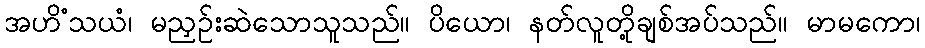
အဟိံသယံ၊ မညှဉ်းဆဲသောသူသည်။ ပိယော၊ နတ်လူတို့ချစ်အပ်သည်။ မာမကော၊